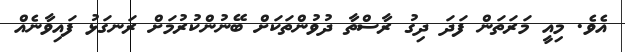
އެވެ. މިއީ މަރަތަން ފަދަ ދިގު ރާސްތާ ދުވުންތަކަށް ބޭނުންކުރުމަށް ރަނގަޅު ފައިވާނެއް